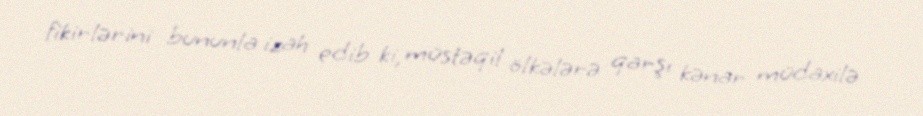
fikirlərini bununla izah edib ki, müstəqil ölkələrə qarşı kənar müdaxilə